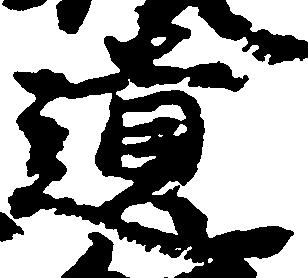
遺